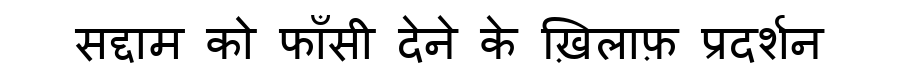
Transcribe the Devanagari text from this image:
सद्दाम को फाँसी देने के ख़िलाफ़ प्रदर्शन